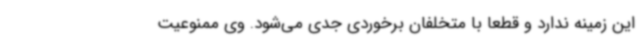
این زمینه ندارد و قطعا با متخلفان برخوردی جدی می‌شود. وی ممنوعیت